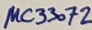
Text: µC33072